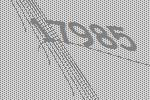
17985